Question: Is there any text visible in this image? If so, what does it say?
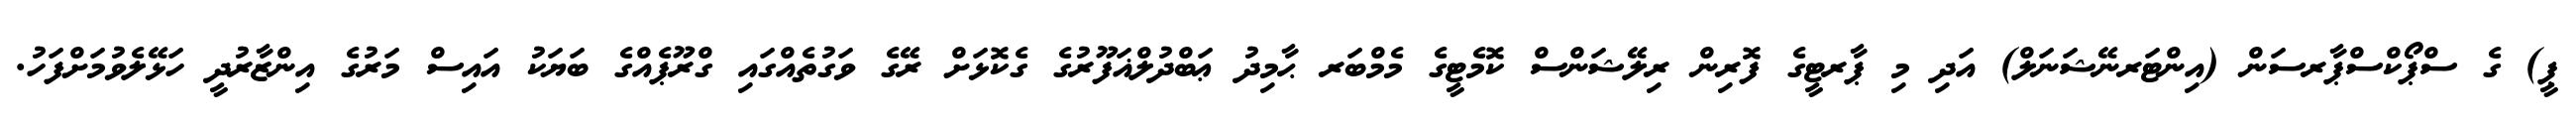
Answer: ޕީ) ގެ ސްޕޯކްސްޕާރސަން (އިންޓަރނޭޝަނަލް) އަދި މި ޕާރޓީގެ ފޮރިން ރިލޭޝަންސް ކޮމެޓީގެ މެމްބަރ ޙާމިދު ޢަބްދުލްޣަފޫރުގެ ގެކޮޅަށް ރޭގެ ވަގުތެއްގައި ގްރޫޕެއްގެ ބަޔަކު އައިސް މަރުގެ އިންޒާރުދީ ހަޅޭލެވުމަށްފަހު.